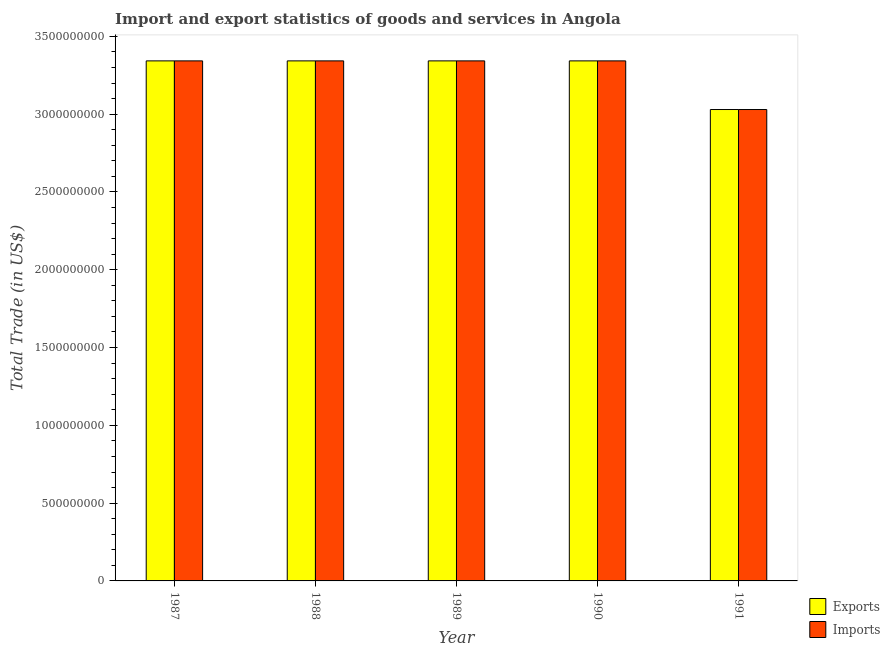
| Year | Exports | Imports |
 | --- | --- | --- |
 | 1987 | 3.34e+09 | 3.34e+09 |
 | 1988 | 3.34e+09 | 3.34e+09 |
 | 1989 | 3.34e+09 | 3.34e+09 |
 | 1990 | 3.34e+09 | 3.34e+09 |
 | 1991 | 3.03e+09 | 3.03e+09 |